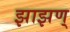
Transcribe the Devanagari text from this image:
झाझण्